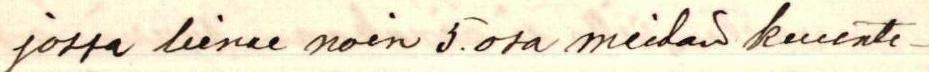
jossa lienee noin 5.osa meidän kuunte-